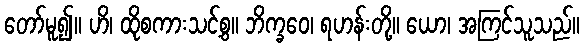
တော်မူ၍။ ဟိ၊ ထိုစကားသင့်စွ။ ဘိက္ခဝေ၊ ရဟန်းတို့။ ယော၊ အကြင်သူသည်။